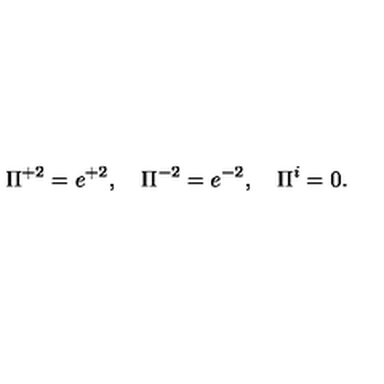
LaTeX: \Pi ^ { + 2 } = e ^ { + 2 } , \quad \Pi ^ { - 2 } = e ^ { - 2 } , \quad \Pi ^ { i } = 0 .